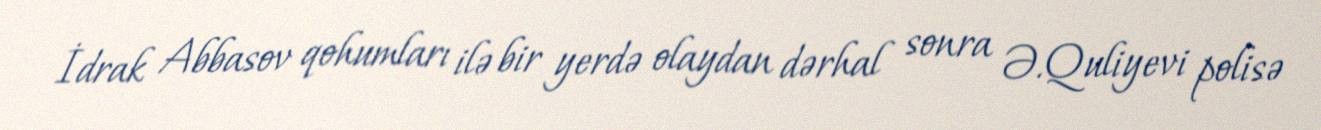
İdrak Abbasov qohumları ilə bir yerdə olaydan dərhal sonra Ə.Quliyevi polisə